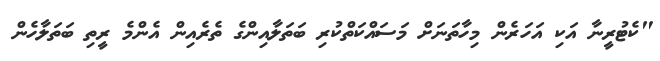
"ކެޓުރީނާ އަކި އަހަރެން މިހާތަނަށް މަސައްކަތްކުރި ބަތަލާއިންގެ ތެރެއިން އެންމެ ރީތި ބަތަލާހެން